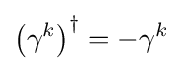
\left(\gamma ^{k}\right)^{\dagger }=-\gamma ^{k}